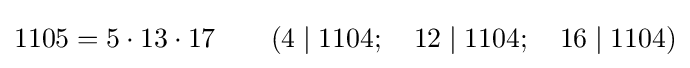
1105=5\cdot 13\cdot 17\qquad (4\mid 1104;\quad 12\mid 1104;\quad 16\mid 1104)